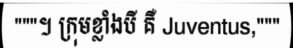
"""។ ក្រុមខ្លាំងបី គឺ Juventus,"""